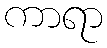
ကာရာ